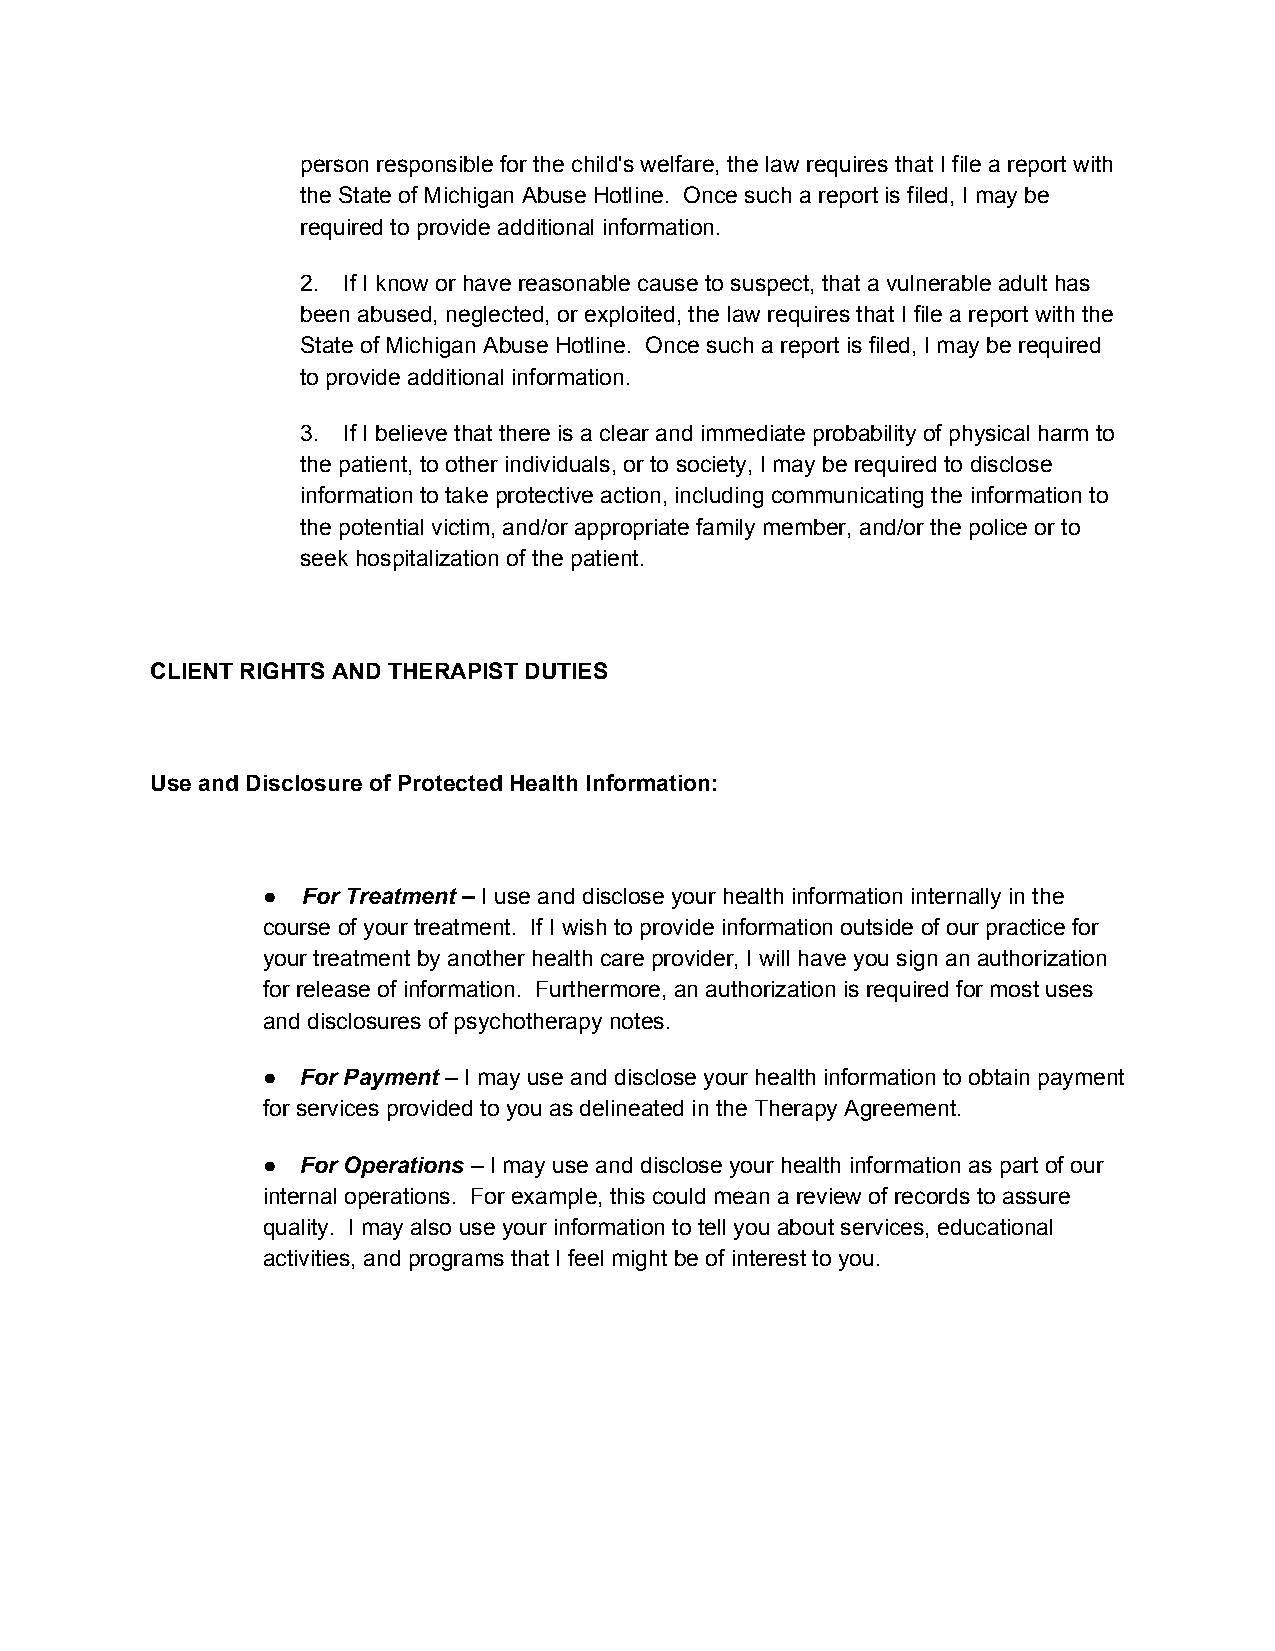
person responsible for the child's welfare, the law requires that I file a report with
 the State of Michigan Abuse Hotline. Once such a report is filed, I may be
 required to provide additional information.
 2. If I know or have reasonable cause to suspect, that a vulnerable adult has
 ​ ​
 been abused, neglected, or exploited, the law requires that I file a report with the
 State of Michigan Abuse Hotline. Once such a report is filed, I may be required
 to provide additional information.
 3. If I believe that there is a clear and immediate probability of physical harm to
 ​ ​
 the patient, to other individuals, or to society, I may be required to disclose
 information to take protective action, including communicating the information to
 the potential victim, and/or appropriate family member, and/or the police or to
 seek hospitalization of the patient.
 CLIENT RIGHTS AND THERAPIST DUTIES
 Use and Disclosure of Protected Health Information:
 ●  For Treatment – I use and disclose your health information internally in the
 ​ ​         ​ ​
 course of your treatment. If I wish to provide information outside of our practice for
 your treatment by another health care provider, I will have you sign an authorization
 for release of information. Furthermore, an authorization is required for most uses
 and disclosures of psychotherapy notes.
 ●  For Payment – I may use and disclose your health information to obtain payment
 ​​
 for services provided to you as delineated in the Therapy Agreement.
 ●  For Operations – I may use and disclose your health information as part of our
 ​
 internal operations. For example, this could mean a review of records to assure
 quality. I may also use your information to tell you about services, educational
 activities, and programs that I feel might be of interest to you.